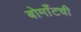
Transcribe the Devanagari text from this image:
बोमाँटची